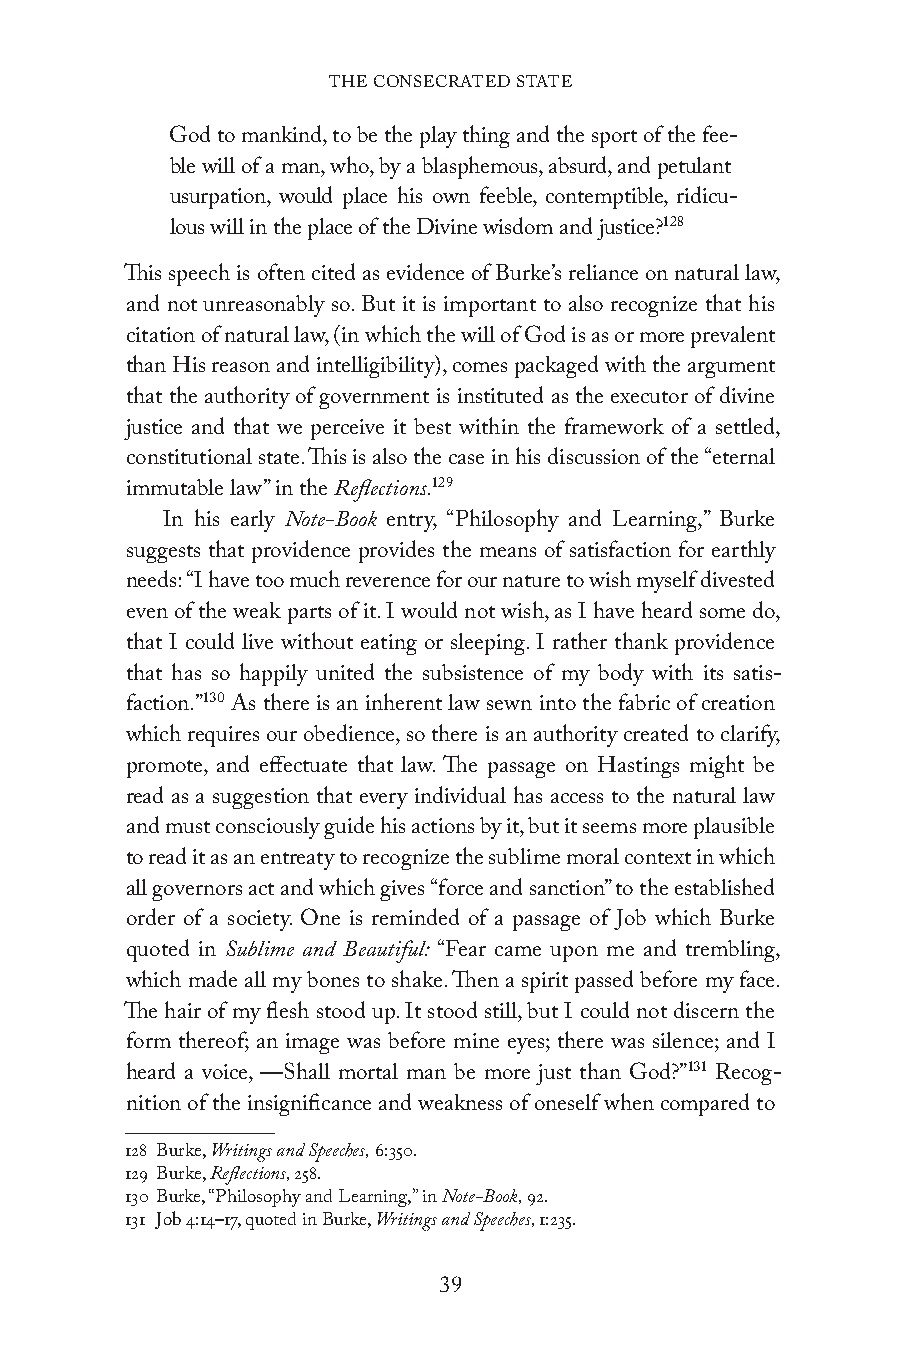
THE CONSECRATED STATE
 God to mankind, to be the play thing and the sport of the fee-
 ble will of a man, who, by a blasphemous, absurd, and petulant
 usurpation, would place his own feeble, contemptible, ridicu-
 lous will in the place of the Divine wisdom and justice?128
 This speech is often cited as evidence of Burke’s reliance on natural law,
 and not unreasonably so. But it is important to also recognize that his
 citation of natural law, (in which the will of God is as or more prevalent
 than His reason and intelligibility), comes packaged with the argument
 that the authority of government is instituted as the executor of divine
 justice and that we perceive it best within the framework of a settled,
 constitutional state. This is also the case in his discussion of the “eternal
 immutable law” in the Reflections.129
 In his early Note-Book entry, “Philosophy and Learning,” Burke
 suggests that providence provides the means of satisfaction for earthly
 needs: “I have too much reverence for our nature to wish myself divested
 even of the weak parts of it. I would not wish, as I have heard some do,
 that I could live without eating or sleeping. I rather thank providence
 that has so happily united the subsistence of my body with its satis-
 faction.”130 As there is an inherent law sewn into the fabric of creation
 which requires our obedience, so there is an authority created to clarify,
 promote, and effectuate that law. The passage on Hastings might be
 read as a suggestion that every individual has access to the natural law
 and must consciously guide his actions by it, but it seems more plausible
 to read it as an entreaty to recognize the sublime moral context in which
 all governors act and which gives “force and sanction” to the established
 order of a society. One is reminded of a passage of Job which Burke
 quoted in Sublime and Beautiful: “Fear came upon me and trembling,
 which made all my bones to shake. Then a spirit passed before my face.
 The hair of my flesh stood up. It stood still, but I could not discern the
 form thereof; an image was before mine eyes; there was silence; and I
 heard a voice, —Shall mortal man be more just than God?”131 Recog-
 nition of the insignificance and weakness of oneself when compared to
 128 Burke, Writings and Speeches, 6:350.
 129 Burke, Reflections, 258.
 130 Burke, “Philosophy and Learning,” in Note-Book, 92.
 131 Job 4:14–17, quoted in Burke, Writings and Speeches, 1:235.
 39